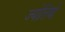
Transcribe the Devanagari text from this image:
ज्याेतिषाें